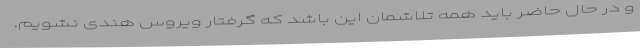
و در حال حاضر باید همه تلاشمان این باشد که گرفتار ویروس هندی نشویم.